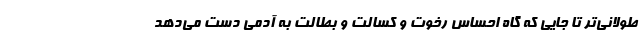
طولانی‌تر تا جایی که گاه احساس رخوت و کسالت و بطالت به آدمی دست می‌دهد